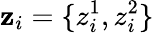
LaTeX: \mathbf z_{i}=\{ z_{i}^{1},z_{i}^{2}\}